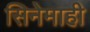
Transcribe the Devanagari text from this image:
सिनेमाही